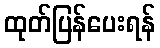
ထုတ်ပြန်ပေးရန်